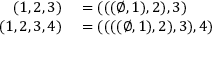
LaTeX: \begin{array} { r l } { ( 1 , 2 , 3 ) } & { { } = ( ( ( \emptyset , 1 ) , 2 ) , 3 ) } \\ { ( 1 , 2 , 3 , 4 ) } & { { } = ( ( ( ( \emptyset , 1 ) , 2 ) , 3 ) , 4 ) } \end{array}